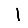
Digit: 1